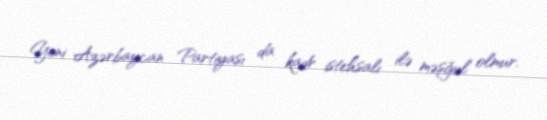
Yeni Azərbaycan Partiyası da kadr istehsalı ilə məşğul olmur.